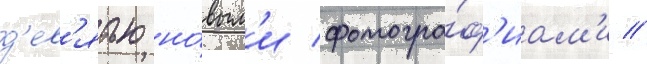
д'ев'ятью но́вым'и фотогра́ф'иам'и //